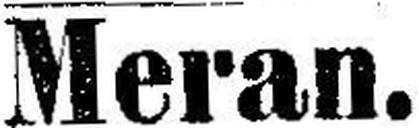
Meran.